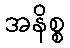
အနိစ္စ